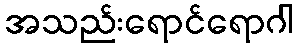
အသည်းရောင်ရောဂါ